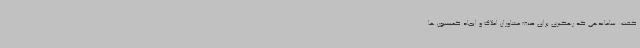
گفت: ساماندهی کد رهگیری برای صنف مشاوران املاک و ایجاد کمیسیون ها